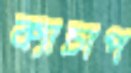
ক্যাচাপ